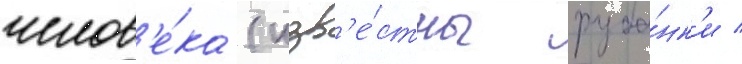
челов'е́ка (изв'е́стны руба́нк'и /